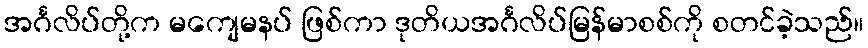
အင်္ဂလိပ်တို့က မကျေမနပ် ဖြစ်ကာ ဒုတိယအင်္ဂလိပ်မြန်မာစစ်ကို စတင်ခဲ့သည်။